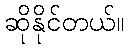
ဆိုနိုင်တယ်။